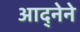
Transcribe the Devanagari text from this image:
आद्नेने